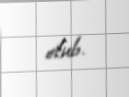
olub.